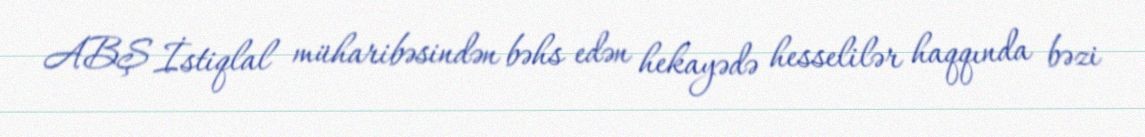
ABŞ İstiqlal müharibəsindən bəhs edən hekayədə hesselilər haqqında bəzi